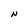
Character: N